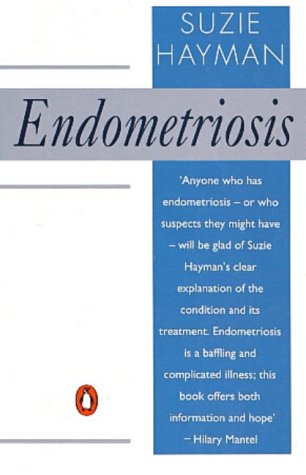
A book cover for Endometriosis (Penguin health care & fitness); Suzie Hayman; Health, Fitness & Dieting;